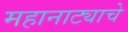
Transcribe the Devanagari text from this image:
महानाट्याचे